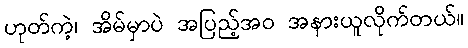
ဟုတ်ကဲ့၊ အိမ်မှာပဲ အပြည့်အဝ အနားယူလိုက်တယ်။